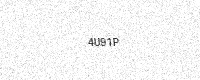
Text: 4U91P